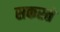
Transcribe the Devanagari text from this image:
सकरते